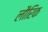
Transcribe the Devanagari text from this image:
लौरिक